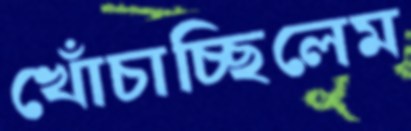
খোঁচাচ্ছিলেম